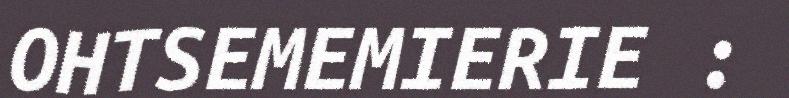
OHTSEMEMIERIE :